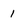
Character: 1